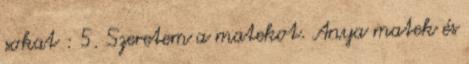
sokat : 5. Szeretem a matekot. Anya matek és